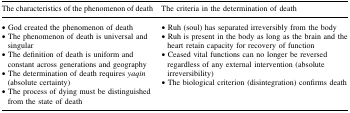
<table><thead><tr><td><b>The characteristics of the phenomenon of death</b></td><td><b>The criteria in the determination of death</b></td></tr></thead><tbody><tr><td>• God created the phenomenon of death• The phenomenon of death is universal and singular• The definition of death is uniform and constant across generations and geography• The determination of death requires <i>yaqin</i> (absolute certainty)• The process of dying must be distinguished from the state of death</td><td>• Ruh (soul) has separated irreversibly from the body• Ruh is present in the body as long as the brain and the heart retain capacity for recovery of function• Ceased vital functions can no longer be reversed regardless of any external intervention (absolute irreversibility)• The biological criterion (disintegration) confirms death</td></tr></tbody></table>